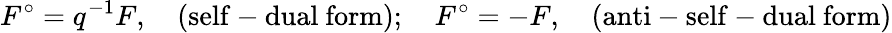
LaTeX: F^{\circ}=q^{-1}F,\quad\mathrm{(self-dual\ form)};\quad F^{\circ}=-F,\quad\mathrm{(anti-self-dual\ form)}